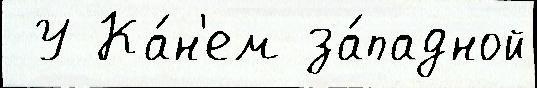
 У Ка́н'ем за́падной